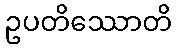
ဥပတိဿောတိ